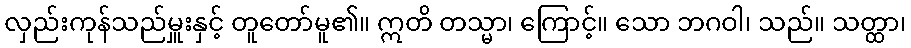
လှည်းကုန်သည်မှူးနှင့် တူတော်မူ၏။ ဣတိ တသ္မာ၊ ကြောင့်။ သော ဘဂဝါ၊ သည်။ သတ္ထာ၊